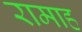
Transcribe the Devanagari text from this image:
रामाह